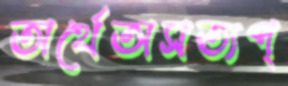
অর্থেঅসত্যপ্